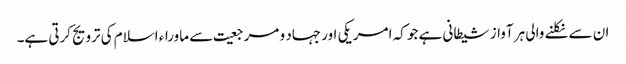
ان سے نکلنے والی ہر آواز شیطانی ہے جو کہ امریکی اور جہاد و مرجعیت سے ماوراء اسلام کی ترویج کرتی ہے۔